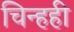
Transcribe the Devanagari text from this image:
चिन्हही